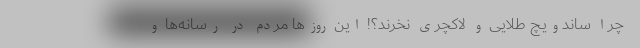
چرا ساندویچ طلایی و لاکچری نخرند؟! این روز‌ها مردم در رسانه‌ها و